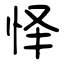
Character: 怿